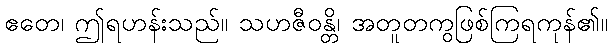
ဧတေ၊ ဤရဟန်းသည်။ သဟဇီဝန္တိ၊ အတူတကွဖြစ်ကြရကုန်၏။